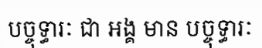
បច្ចុទ្ធារៈ ជា អង្គ មាន បច្ចុទ្ធារៈ